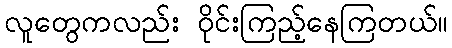
လူတွေကလည်း ဝိုင်းကြည့်နေကြတယ်။